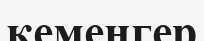
кемеңгер